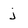
Character: j